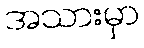
အသားမှာ